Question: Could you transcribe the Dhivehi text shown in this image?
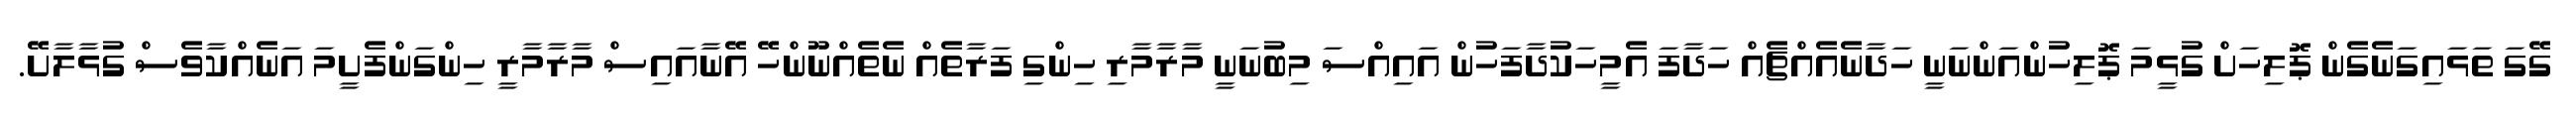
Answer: ގޭގަ ތަޅައިގަނެގެން ޕޮލިހަށް ގުޅީމަ ޕޮލިހުންއަންނަނީ ހަދާނެއެއްޗެއް ހަދާފަ އެމީހަކުދާފަހުން އައިއްސަ މިބުނަނީ މާރާމާރި ހިންގި ފަރާތެއް ނެތެއްނޫންހޭ އޭނާއައިސް މާރާމާރީ ހިންގަންފެށީމަ އަނެއްކާވެސް ގުޅާލާށޭ.